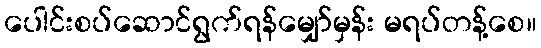
ပေါင်းစပ်ဆောင်ရွက်ရန်မျှော်မှန်း မရပ်တန့်စေ။